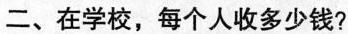
二、在学校，每个人收多少钱?